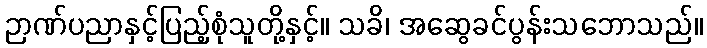
ဉာဏ်ပညာနှင့်ပြည့်စုံသူတို့နှင့်။ သခိ၊ အဆွေခင်ပွန်းသဘောသည်။